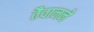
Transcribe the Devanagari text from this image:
तैवानने